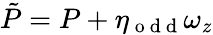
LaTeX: \tilde{P}=P+\eta_{\mathrm{~o~d~d~}}\omega_{z}